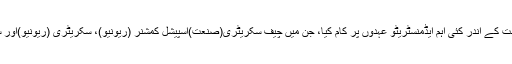
اپنے سفر میں انہوں نے ریاستی حکومت کے اندر کئی اہم ایڈمنسٹریٹو عہدوں پر کام کیا، جن میں چیف سکریٹری(صنعت)اسپیشل کمشنر (ریونیو)، سکریٹری (ریونیو)اور سکریٹری (کامرشیل ٹیکس) شامل ہے۔